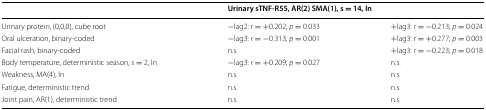
|  | <COLSPAN=2> Urinary sTNF-R55, AR(2) SMA(1), s = 14, ln |
 | --- | --- | --- |
 | Urinary protein, (0,0,0), cube root | −lag2: r = +0.202; p = 0.033 | +lag3: r = −0.213; p = 0.024 |
 | Oral ulceration, binary-coded | −lag3: r = −0.313; p = 0.001 | +lag3: r = +0.277; p = 0.003 |
 | Facial rash, binary-coded | n.s. | +lag3: r = −0.223; p = 0.018 |
 | Body temperature, deterministic season, s = 2, ln | −lag3: r = +0.209; p = 0.027 | n.s. |
 | Weakness, MA(4), ln | n.s. | n.s. |
 | Fatigue, deterministic trend | n.s. | n.s. |
 | Joint pain, AR(1), deterministic trend | n.s. | n.s. |